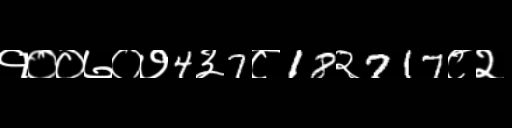
Text: १००७०७4३7८18२717८२